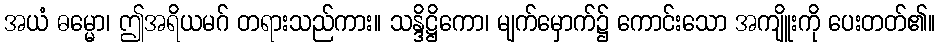
အယံ ဓမ္မော၊ ဤအရိယမဂ် တရားသည်ကား။ သန္ဒိဋ္ဌိကော၊ မျက်မှောက်၌ ကောင်းသော အကျိူးကို ပေးတတ်၏။